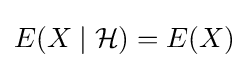
E(X\mid {\mathcal {H}})=E(X)